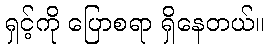
ရှင့်ကို ပြောစရာ ရှိနေတယ်။